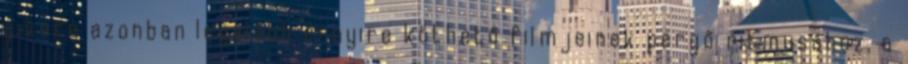
sikere azonban legalább ennyire köthető filmjeinek pergő ritmusához, a